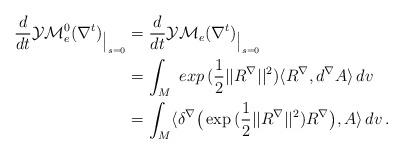
LaTeX: \begin{align*}\aligned \frac d{dt}\mathcal{YM}_e ^0(\nabla ^t)_{\big {|}_{s =0}} & = \frac d{dt}\mathcal{YM}_e (\nabla ^t)_{\big {|}_{s =0}}\\& =\int_M\ exp\, (\frac12||R ^\nabla ||^2)\langle R^\nabla ,d^\nabla A \rangle \, dv\\&=\int_M\langle\delta ^\nabla \big(\exp\, (\frac 12||R^\nabla ||^2)R ^\nabla \big), A \rangle \, dv\, .\endaligned\end{align*}